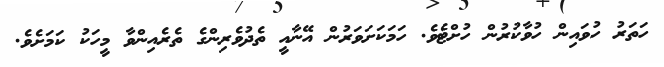
ހަތަރު ހުވައިން ހުވާކުރުން ހުށްޓެވެ. ހަމަކަށަވަރުން އޭނާއީ ތެދުވެރިންގެ ތެރެއިންވާ މީހަކު ކަމަށެވެ.